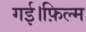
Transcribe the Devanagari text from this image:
गई।फ़िल्म